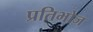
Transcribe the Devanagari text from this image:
प्रतिभोज